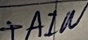
Text: +AIN